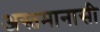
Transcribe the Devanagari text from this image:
अस्तमानासी